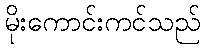
မိုးကောင်းကင်သည်